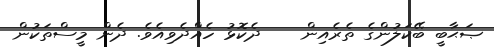
ޞަޙާބީ ބޭކަލުންގެ ތެރެއިން    ދެކޮޅު ހެއްދެވިއެވެ. ދެން މީސްތަކުން